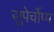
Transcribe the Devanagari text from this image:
सुपेर्चोप्प